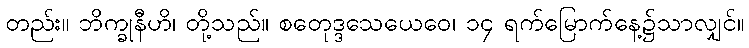
တည်း။ ဘိက္ခုနီဟိ၊ တို့သည်။ စတေုဒ္ဒသေယေဝေ၊ ၁၄ ရက်မြောက်နေ့၌သာလျှင်။